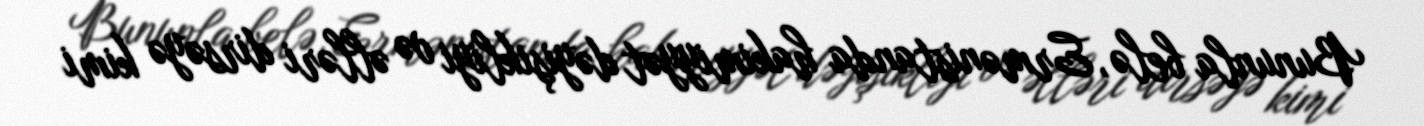
Bununla belə, Ermənistanda hakimiyyət dəyişikliyi və əlləri dirsəyə kimi